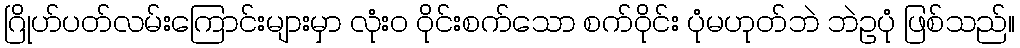
ဂြိုဟ်ပတ်လမ်းကြောင်းများမှာ လုံးဝ ဝိုင်းစက်သော စက်ဝိုင်း ပုံမဟုတ်ဘဲ ဘဲဥပုံ ဖြစ်သည်။